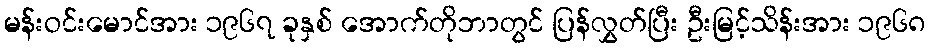
မန်းဝင်းမောင်အား ၁၉၆၇ ခုနှစ် အောက်တိုဘာတွင် ပြန်လွှတ်ပြီး ဦးမြင့်သိန်းအား ၁၉၆၈